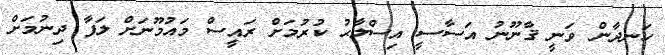
ހަނދާން ވަނީ ޤާނޫނު އަސާސީ އިސްލާޙު ކުރުމަށް ރައީސް މައުމޫނަށް ލަފާ ދިނުމަށް